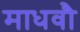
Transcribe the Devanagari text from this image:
माधवौ